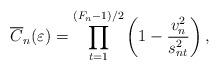
LaTeX: \begin{align*}\overline{C}_n(\varepsilon)=\prod_{t=1}^{(F_{n}-1)/2}\left(1-\frac{v_{n}^2}{s_{nt}^2}\right),\end{align*}